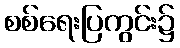
စစ်ရေးပြကွင်း၌